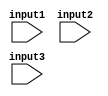
`timescale 1ns / 1ps
//////////////////////////////////////////////////////////////////////////////////
// Company: 
// Engineer: 
// 
// Design Name: 
// Module Name: pracitce2
// Project Name: 
// Target Devices: 
// Tool Versions: 
// Description: 
// 
// Dependencies: 
// 
// Revision:
// Revision 0.01 - File Created
// Additional Comments:
// 
//////////////////////////////////////////////////////////////////////////////////


module pracitce2(
   input input1,
   input input2,
   input input3
    );
endmodule